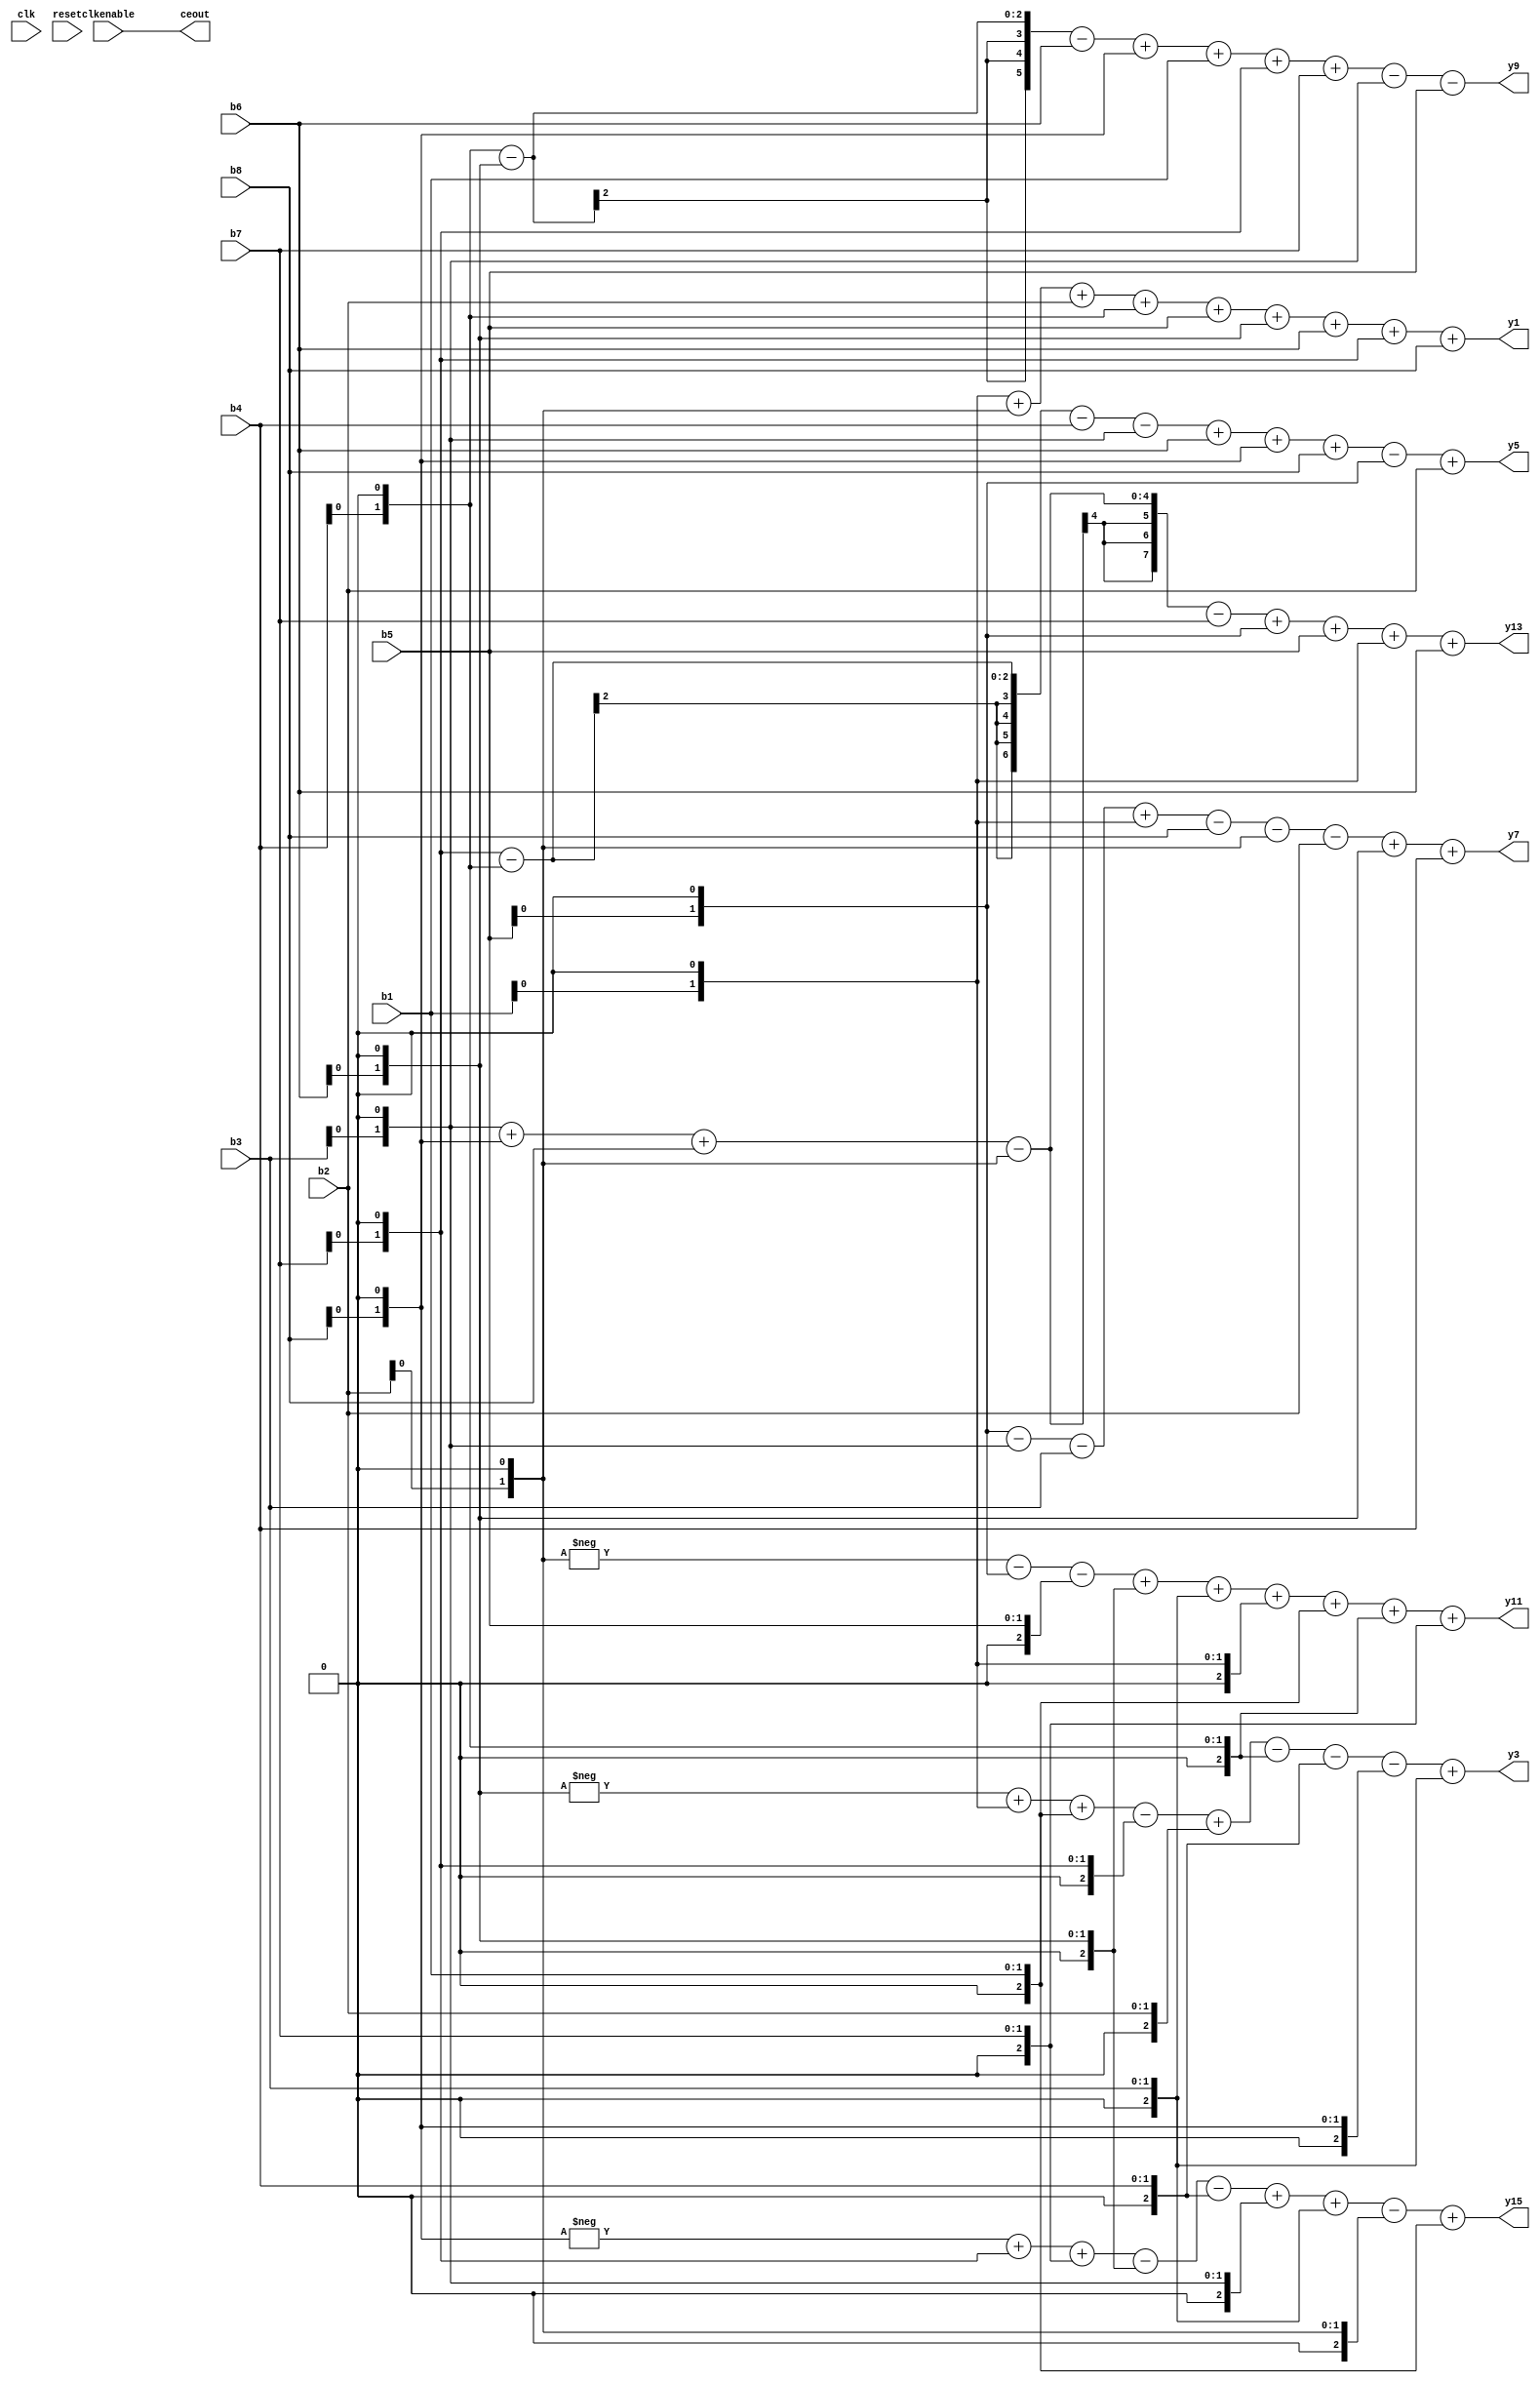
// -------------------------------------------------------------
// 
// 
// Generated by MATLAB 8.1, MATLAB Coder 2.4 and HDL Coder 3.2
// 
// 
// 
// -- -------------------------------------------------------------
// -- Rate and Clocking Details
// -- -------------------------------------------------------------
// Design base rate: 1
// 
// 
// Clock Enable  Sample Time
// -- -------------------------------------------------------------
// ceout         1
// -- -------------------------------------------------------------
// 
// 
// Output Signal                 Clock Enable  Sample Time
// -- -------------------------------------------------------------
// y1                            ceout         1
// y3                            ceout         1
// y5                            ceout         1
// y7                            ceout         1
// y9                            ceout         1
// y11                           ceout         1
// y13                           ceout         1
// y15                           ceout         1
// -- -------------------------------------------------------------
// 
// -------------------------------------------------------------


// -------------------------------------------------------------
// 
// Module: shiftmul16_FixPt
// Source Path: shiftmul16_FixPt
// Hierarchy Level: 0
// 
// -------------------------------------------------------------

`timescale 1 ns / 1 ns

module shiftmul16_FixPt
          (
           clk,
           reset,
           clkenable,
           b1,
           b2,
           b3,
           b4,
           b5,
           b6,
           b7,
           b8,
           ceout,
           y1,
           y3,
           y5,
           y7,
           y9,
           y11,
           y13,
           y15
          );


  input   clk;
  input   reset;
  input   clkenable;
  input   [1:0] b1;  // ufix2
  input   [1:0] b2;  // ufix2
  input   [1:0] b3;  // ufix2
  input   [1:0] b4;  // ufix2
  input   [1:0] b5;  // ufix2
  input   [1:0] b6;  // ufix2
  input   [1:0] b7;  // ufix2
  input   [1:0] b8;  // ufix2
  output  ceout;
  output  [7:0] y1;  // ufix8
  output  [3:0] y3;  // ufix4
  output  [6:0] y5;  // ufix7
  output  signed [2:0] y7;  // sfix3
  output  [5:0] y9;  // ufix6
  output  [7:0] y11;  // ufix8
  output  [7:0] y13;  // ufix8
  output  [5:0] y15;  // ufix6


  wire enb;
  wire [1:0] shiftmul16_FixPt_d1;  // ufix2
  wire [1:0] shiftmul16_FixPt_d2;  // ufix2
  wire [1:0] shiftmul16_FixPt_d3;  // ufix2
  wire [1:0] shiftmul16_FixPt_d4;  // ufix2
  wire [1:0] shiftmul16_FixPt_d5;  // ufix2
  wire [1:0] shiftmul16_FixPt_d6;  // ufix2
  wire [1:0] shiftmul16_FixPt_d7;  // ufix2
  wire [1:0] shiftmul16_FixPt_d8;  // ufix2
  wire [1:0] shiftmul16_FixPt_d1_1;  // ufix2
  wire [1:0] shiftmul16_FixPt_d2_1;  // ufix2
  wire [8:0] shiftmul16_FixPt_add_temp;  // ufix9
  wire [9:0] shiftmul16_FixPt_add_temp_1;  // ufix10
  wire [1:0] shiftmul16_FixPt_d4_1;  // ufix2
  wire [14:0] shiftmul16_FixPt_add_temp_2;  // ufix15
  wire [18:0] shiftmul16_FixPt_add_temp_3;  // ufix19
  wire [1:0] shiftmul16_FixPt_d6_1;  // ufix2
  wire [21:0] shiftmul16_FixPt_add_temp_4;  // ufix22
  wire [22:0] shiftmul16_FixPt_add_temp_5;  // ufix23
  wire [1:0] shiftmul16_FixPt_d7_1;  // ufix2
  wire [25:0] shiftmul16_FixPt_add_temp_6;  // ufix26
  wire [1:0] shiftmul16_FixPt_d6_2;  // ufix2
  wire [1:0] shiftmul16_FixPt_d1_2;  // ufix2
  wire signed [9:0] shiftmul16_FixPt_add_temp_7;  // sfix10
  wire signed [10:0] shiftmul16_FixPt_add_temp_8;  // sfix11
  wire [1:0] shiftmul16_FixPt_d7_2;  // ufix2
  wire signed [15:0] shiftmul16_FixPt_sub_temp;  // sfix16
  wire signed [19:0] shiftmul16_FixPt_add_temp_9;  // sfix20
  wire [1:0] shiftmul16_FixPt_d4_2;  // ufix2
  wire signed [22:0] shiftmul16_FixPt_sub_temp_1;  // sfix23
  wire signed [23:0] shiftmul16_FixPt_sub_temp_2;  // sfix24
  wire [1:0] shiftmul16_FixPt_d8_1;  // ufix2
  wire signed [26:0] shiftmul16_FixPt_sub_temp_3;  // sfix27
  wire signed [28:0] shiftmul16_FixPt_add_temp_10;  // sfix29
  wire [1:0] shiftmul16_FixPt_d7_3;  // ufix2
  wire [1:0] shiftmul16_FixPt_d4_3;  // ufix2
  wire [8:0] shiftmul16_FixPt_sub_temp_4;  // ufix9
  wire [9:0] shiftmul16_FixPt_sub_temp_5;  // ufix10
  wire [1:0] shiftmul16_FixPt_d3_1;  // ufix2
  wire [14:0] shiftmul16_FixPt_sub_temp_6;  // ufix15
  wire [18:0] shiftmul16_FixPt_add_temp_11;  // ufix19
  wire [1:0] shiftmul16_FixPt_d8_2;  // ufix2
  wire [21:0] shiftmul16_FixPt_add_temp_12;  // ufix22
  wire [22:0] shiftmul16_FixPt_add_temp_13;  // ufix23
  wire [1:0] shiftmul16_FixPt_d5_1;  // ufix2
  wire [25:0] shiftmul16_FixPt_sub_temp_7;  // ufix26
  wire [1:0] shiftmul16_FixPt_d5_2;  // ufix2
  wire [1:0] shiftmul16_FixPt_d3_2;  // ufix2
  wire [8:0] shiftmul16_FixPt_sub_temp_8;  // ufix9
  wire [9:0] shiftmul16_FixPt_sub_temp_9;  // ufix10
  wire [1:0] shiftmul16_FixPt_d1_3;  // ufix2
  wire [14:0] shiftmul16_FixPt_add_temp_14;  // ufix15
  wire [18:0] shiftmul16_FixPt_sub_temp_10;  // ufix19
  wire [1:0] shiftmul16_FixPt_d2_2;  // ufix2
  wire [21:0] shiftmul16_FixPt_sub_temp_11;  // ufix22
  wire [22:0] shiftmul16_FixPt_sub_temp_12;  // ufix23
  wire [1:0] shiftmul16_FixPt_d6_3;  // ufix2
  wire [25:0] shiftmul16_FixPt_add_temp_15;  // ufix26
  wire [27:0] shiftmul16_FixPt_add_temp_16;  // ufix28
  wire [1:0] shiftmul16_FixPt_d4_4;  // ufix2
  wire [1:0] shiftmul16_FixPt_d6_4;  // ufix2
  wire [8:0] shiftmul16_FixPt_sub_temp_13;  // ufix9
  wire [9:0] shiftmul16_FixPt_sub_temp_14;  // ufix10
  wire [1:0] shiftmul16_FixPt_d8_3;  // ufix2
  wire [14:0] shiftmul16_FixPt_add_temp_17;  // ufix15
  wire [18:0] shiftmul16_FixPt_add_temp_18;  // ufix19
  wire [1:0] shiftmul16_FixPt_d7_4;  // ufix2
  wire [21:0] shiftmul16_FixPt_add_temp_19;  // ufix22
  wire [22:0] shiftmul16_FixPt_add_temp_20;  // ufix23
  wire [1:0] shiftmul16_FixPt_d3_3;  // ufix2
  wire [25:0] shiftmul16_FixPt_sub_temp_15;  // ufix26
  wire [1:0] shiftmul16_FixPt_d2_3;  // ufix2
  wire [1:0] shiftmul16_FixPt_d5_3;  // ufix2
  wire signed [9:0] shiftmul16_FixPt_sub_temp_16;  // sfix10
  wire signed [10:0] shiftmul16_FixPt_sub_temp_17;  // sfix11
  wire [1:0] shiftmul16_FixPt_d6_5;  // ufix2
  wire signed [15:0] shiftmul16_FixPt_add_temp_21;  // sfix16
  wire signed [19:0] shiftmul16_FixPt_add_temp_22;  // sfix20
  wire [1:0] shiftmul16_FixPt_d1_4;  // ufix2
  wire signed [22:0] shiftmul16_FixPt_add_temp_23;  // sfix23
  wire signed [23:0] shiftmul16_FixPt_add_temp_24;  // sfix24
  wire [1:0] shiftmul16_FixPt_d4_5;  // ufix2
  wire signed [26:0] shiftmul16_FixPt_add_temp_25;  // sfix27
  wire signed [28:0] shiftmul16_FixPt_add_temp_26;  // sfix29
  wire [1:0] shiftmul16_FixPt_d3_4;  // ufix2
  wire [1:0] shiftmul16_FixPt_d8_4;  // ufix2
  wire [8:0] shiftmul16_FixPt_add_temp_27;  // ufix9
  wire [9:0] shiftmul16_FixPt_add_temp_28;  // ufix10
  wire [1:0] shiftmul16_FixPt_d2_4;  // ufix2
  wire [14:0] shiftmul16_FixPt_sub_temp_18;  // ufix15
  wire [18:0] shiftmul16_FixPt_sub_temp_19;  // ufix19
  wire [1:0] shiftmul16_FixPt_d5_4;  // ufix2
  wire [21:0] shiftmul16_FixPt_add_temp_29;  // ufix22
  wire [22:0] shiftmul16_FixPt_add_temp_30;  // ufix23
  wire [1:0] shiftmul16_FixPt_d1_5;  // ufix2
  wire [25:0] shiftmul16_FixPt_add_temp_31;  // ufix26
  wire [1:0] shiftmul16_FixPt_d8_5;  // ufix2
  wire [1:0] shiftmul16_FixPt_d7_5;  // ufix2
  wire signed [9:0] shiftmul16_FixPt_add_temp_32;  // sfix10
  wire signed [10:0] shiftmul16_FixPt_add_temp_33;  // sfix11
  wire [1:0] shiftmul16_FixPt_d6_6;  // ufix2
  wire signed [15:0] shiftmul16_FixPt_sub_temp_20;  // sfix16
  wire signed [19:0] shiftmul16_FixPt_sub_temp_21;  // sfix20
  wire [1:0] shiftmul16_FixPt_d3_5;  // ufix2
  wire signed [22:0] shiftmul16_FixPt_add_temp_34;  // sfix23
  wire signed [23:0] shiftmul16_FixPt_add_temp_35;  // sfix24
  wire [1:0] shiftmul16_FixPt_d2_5;  // ufix2
  wire signed [26:0] shiftmul16_FixPt_sub_temp_22;  // sfix27
  wire signed [28:0] shiftmul16_FixPt_add_temp_36;  // sfix29


  assign enb = clkenable;

  //spssa
  //%%%%%%%%%%%%%%%%%%%%%%%%%%%%%%%%%%%%%%%%%%%%%%%%%%%%%%%%%%%%%%%%%%%%%%%%%%%
  //                                                                          %
  //        Generated by MATLAB 8.1, MATLAB Coder 2.4 and HDL Coder 3.2      %
  //                                                                          %
  //%%%%%%%%%%%%%%%%%%%%%%%%%%%%%%%%%%%%%%%%%%%%%%%%%%%%%%%%%%%%%%%%%%%%%%%%%%%
  assign shiftmul16_FixPt_d1 = b1;
  assign shiftmul16_FixPt_d2 = b2;
  assign shiftmul16_FixPt_d3 = b3;
  assign shiftmul16_FixPt_d4 = b4;
  assign shiftmul16_FixPt_d5 = b5;
  assign shiftmul16_FixPt_d6 = b6;
  assign shiftmul16_FixPt_d7 = b7;
  assign shiftmul16_FixPt_d8 = b8;
  assign shiftmul16_FixPt_d1_1 = shiftmul16_FixPt_d1 <<< 1;
  assign shiftmul16_FixPt_d2_1 = shiftmul16_FixPt_d2 <<< 1;
  assign shiftmul16_FixPt_add_temp = shiftmul16_FixPt_d1_1 + shiftmul16_FixPt_d2_1;
  assign shiftmul16_FixPt_add_temp_1 = shiftmul16_FixPt_add_temp + b2;
  assign shiftmul16_FixPt_d4_1 = shiftmul16_FixPt_d4 <<< 1;
  assign shiftmul16_FixPt_add_temp_2 = shiftmul16_FixPt_add_temp_1 + shiftmul16_FixPt_d4_1;
  assign shiftmul16_FixPt_add_temp_3 = shiftmul16_FixPt_add_temp_2 + b5;
  assign shiftmul16_FixPt_d6_1 = shiftmul16_FixPt_d6 <<< 1;
  assign shiftmul16_FixPt_add_temp_4 = shiftmul16_FixPt_add_temp_3 + shiftmul16_FixPt_d6_1;
  assign shiftmul16_FixPt_add_temp_5 = shiftmul16_FixPt_add_temp_4 + b6;
  assign shiftmul16_FixPt_d7_1 = shiftmul16_FixPt_d7 <<< 1;
  assign shiftmul16_FixPt_add_temp_6 = shiftmul16_FixPt_add_temp_5 + shiftmul16_FixPt_d7_1;
  assign y1 = shiftmul16_FixPt_add_temp_6 + b8;
  assign shiftmul16_FixPt_d6_2 = shiftmul16_FixPt_d6 <<< 1;
  assign shiftmul16_FixPt_d1_2 = shiftmul16_FixPt_d1 <<< 1;
  assign shiftmul16_FixPt_add_temp_7 = ( - (shiftmul16_FixPt_d6_2)) + $signed({1'b0, shiftmul16_FixPt_d1_2});
  assign shiftmul16_FixPt_add_temp_8 = shiftmul16_FixPt_add_temp_7 + $signed({1'b0, b1});
  assign shiftmul16_FixPt_d7_2 = shiftmul16_FixPt_d7 <<< 1;
  assign shiftmul16_FixPt_sub_temp = shiftmul16_FixPt_add_temp_8 - $signed({1'b0, shiftmul16_FixPt_d7_2});
  assign shiftmul16_FixPt_add_temp_9 = shiftmul16_FixPt_sub_temp + $signed({1'b0, b2});
  assign shiftmul16_FixPt_d4_2 = shiftmul16_FixPt_d4 <<< 1;
  assign shiftmul16_FixPt_sub_temp_1 = shiftmul16_FixPt_add_temp_9 - $signed({1'b0, shiftmul16_FixPt_d4_2});
  assign shiftmul16_FixPt_sub_temp_2 = shiftmul16_FixPt_sub_temp_1 - $signed({1'b0, b4});
  assign shiftmul16_FixPt_d8_1 = shiftmul16_FixPt_d8 <<< 1;
  assign shiftmul16_FixPt_sub_temp_3 = shiftmul16_FixPt_sub_temp_2 - $signed({1'b0, shiftmul16_FixPt_d8_1});
  assign shiftmul16_FixPt_add_temp_10 = shiftmul16_FixPt_sub_temp_3 + $signed({1'b0, b3});
  assign y3 = shiftmul16_FixPt_add_temp_10[3:0];
  assign shiftmul16_FixPt_d7_3 = shiftmul16_FixPt_d7 <<< 1;
  assign shiftmul16_FixPt_d4_3 = shiftmul16_FixPt_d4 <<< 1;
  assign shiftmul16_FixPt_sub_temp_4 = shiftmul16_FixPt_d7_3 - shiftmul16_FixPt_d4_3;
  assign shiftmul16_FixPt_sub_temp_5 = shiftmul16_FixPt_sub_temp_4 - b4;
  assign shiftmul16_FixPt_d3_1 = shiftmul16_FixPt_d3 <<< 1;
  assign shiftmul16_FixPt_sub_temp_6 = shiftmul16_FixPt_sub_temp_5 - shiftmul16_FixPt_d3_1;
  assign shiftmul16_FixPt_add_temp_11 = shiftmul16_FixPt_sub_temp_6 + b6;
  assign shiftmul16_FixPt_d8_2 = shiftmul16_FixPt_d8 <<< 1;
  assign shiftmul16_FixPt_add_temp_12 = shiftmul16_FixPt_add_temp_11 + shiftmul16_FixPt_d8_2;
  assign shiftmul16_FixPt_add_temp_13 = shiftmul16_FixPt_add_temp_12 + b8;
  assign shiftmul16_FixPt_d5_1 = shiftmul16_FixPt_d5 <<< 1;
  assign shiftmul16_FixPt_sub_temp_7 = shiftmul16_FixPt_add_temp_13 - shiftmul16_FixPt_d5_1;
  assign y5 = shiftmul16_FixPt_sub_temp_7 + b2;
  assign shiftmul16_FixPt_d5_2 = shiftmul16_FixPt_d5 <<< 1;
  assign shiftmul16_FixPt_d3_2 = shiftmul16_FixPt_d3 <<< 1;
  assign shiftmul16_FixPt_sub_temp_8 = shiftmul16_FixPt_d5_2 - shiftmul16_FixPt_d3_2;
  assign shiftmul16_FixPt_sub_temp_9 = shiftmul16_FixPt_sub_temp_8 - b3;
  assign shiftmul16_FixPt_d1_3 = shiftmul16_FixPt_d1 <<< 1;
  assign shiftmul16_FixPt_add_temp_14 = shiftmul16_FixPt_sub_temp_9 + shiftmul16_FixPt_d1_3;
  assign shiftmul16_FixPt_sub_temp_10 = shiftmul16_FixPt_add_temp_14 - b8;
  assign shiftmul16_FixPt_d2_2 = shiftmul16_FixPt_d2 <<< 1;
  assign shiftmul16_FixPt_sub_temp_11 = shiftmul16_FixPt_sub_temp_10 - shiftmul16_FixPt_d2_2;
  assign shiftmul16_FixPt_sub_temp_12 = shiftmul16_FixPt_sub_temp_11 - b2;
  assign shiftmul16_FixPt_d6_3 = shiftmul16_FixPt_d6 <<< 1;
  assign shiftmul16_FixPt_add_temp_15 = shiftmul16_FixPt_sub_temp_12 + shiftmul16_FixPt_d6_3;
  assign shiftmul16_FixPt_add_temp_16 = shiftmul16_FixPt_add_temp_15 + b4;
  assign y7 = $signed(shiftmul16_FixPt_add_temp_16[2:0]);
  assign shiftmul16_FixPt_d4_4 = shiftmul16_FixPt_d4 <<< 1;
  assign shiftmul16_FixPt_d6_4 = shiftmul16_FixPt_d6 <<< 1;
  assign shiftmul16_FixPt_sub_temp_13 = shiftmul16_FixPt_d4_4 - shiftmul16_FixPt_d6_4;
  assign shiftmul16_FixPt_sub_temp_14 = shiftmul16_FixPt_sub_temp_13 - b6;
  assign shiftmul16_FixPt_d8_3 = shiftmul16_FixPt_d8 <<< 1;
  assign shiftmul16_FixPt_add_temp_17 = shiftmul16_FixPt_sub_temp_14 + shiftmul16_FixPt_d8_3;
  assign shiftmul16_FixPt_add_temp_18 = shiftmul16_FixPt_add_temp_17 + b1;
  assign shiftmul16_FixPt_d7_4 = shiftmul16_FixPt_d7 <<< 1;
  assign shiftmul16_FixPt_add_temp_19 = shiftmul16_FixPt_add_temp_18 + shiftmul16_FixPt_d7_4;
  assign shiftmul16_FixPt_add_temp_20 = shiftmul16_FixPt_add_temp_19 + b7;
  assign shiftmul16_FixPt_d3_3 = shiftmul16_FixPt_d3 <<< 1;
  assign shiftmul16_FixPt_sub_temp_15 = shiftmul16_FixPt_add_temp_20 - shiftmul16_FixPt_d3_3;
  assign y9 = shiftmul16_FixPt_sub_temp_15 - b5;
  assign shiftmul16_FixPt_d2_3 = shiftmul16_FixPt_d2 <<< 1;
  assign shiftmul16_FixPt_d5_3 = shiftmul16_FixPt_d5 <<< 1;
  assign shiftmul16_FixPt_sub_temp_16 = ( - (shiftmul16_FixPt_d2_3)) - $signed({1'b0, shiftmul16_FixPt_d5_3});
  assign shiftmul16_FixPt_sub_temp_17 = shiftmul16_FixPt_sub_temp_16 - $signed({1'b0, b5});
  assign shiftmul16_FixPt_d6_5 = shiftmul16_FixPt_d6 <<< 1;
  assign shiftmul16_FixPt_add_temp_21 = shiftmul16_FixPt_sub_temp_17 + $signed({1'b0, shiftmul16_FixPt_d6_5});
  assign shiftmul16_FixPt_add_temp_22 = shiftmul16_FixPt_add_temp_21 + $signed({1'b0, b3});
  assign shiftmul16_FixPt_d1_4 = shiftmul16_FixPt_d1 <<< 1;
  assign shiftmul16_FixPt_add_temp_23 = shiftmul16_FixPt_add_temp_22 + $signed({1'b0, shiftmul16_FixPt_d1_4});
  assign shiftmul16_FixPt_add_temp_24 = shiftmul16_FixPt_add_temp_23 + $signed({1'b0, b1});
  assign shiftmul16_FixPt_d4_5 = shiftmul16_FixPt_d4 <<< 1;
  assign shiftmul16_FixPt_add_temp_25 = shiftmul16_FixPt_add_temp_24 + $signed({1'b0, shiftmul16_FixPt_d4_5});
  assign shiftmul16_FixPt_add_temp_26 = shiftmul16_FixPt_add_temp_25 + $signed({1'b0, b7});
  assign y11 = shiftmul16_FixPt_add_temp_26[7:0];
  assign shiftmul16_FixPt_d3_4 = shiftmul16_FixPt_d3 <<< 1;
  assign shiftmul16_FixPt_d8_4 = shiftmul16_FixPt_d8 <<< 1;
  assign shiftmul16_FixPt_add_temp_27 = shiftmul16_FixPt_d3_4 + shiftmul16_FixPt_d8_4;
  assign shiftmul16_FixPt_add_temp_28 = shiftmul16_FixPt_add_temp_27 + b8;
  assign shiftmul16_FixPt_d2_4 = shiftmul16_FixPt_d2 <<< 1;
  assign shiftmul16_FixPt_sub_temp_18 = shiftmul16_FixPt_add_temp_28 - shiftmul16_FixPt_d2_4;
  assign shiftmul16_FixPt_sub_temp_19 = shiftmul16_FixPt_sub_temp_18 - b7;
  assign shiftmul16_FixPt_d5_4 = shiftmul16_FixPt_d5 <<< 1;
  assign shiftmul16_FixPt_add_temp_29 = shiftmul16_FixPt_sub_temp_19 + shiftmul16_FixPt_d5_4;
  assign shiftmul16_FixPt_add_temp_30 = shiftmul16_FixPt_add_temp_29 + b5;
  assign shiftmul16_FixPt_d1_5 = shiftmul16_FixPt_d1 <<< 1;
  assign shiftmul16_FixPt_add_temp_31 = shiftmul16_FixPt_add_temp_30 + shiftmul16_FixPt_d1_5;
  assign y13 = shiftmul16_FixPt_add_temp_31 + b6;
  assign shiftmul16_FixPt_d8_5 = shiftmul16_FixPt_d8 <<< 1;
  assign shiftmul16_FixPt_d7_5 = shiftmul16_FixPt_d7 <<< 1;
  assign shiftmul16_FixPt_add_temp_32 = ( - (shiftmul16_FixPt_d8_5)) + $signed({1'b0, shiftmul16_FixPt_d7_5});
  assign shiftmul16_FixPt_add_temp_33 = shiftmul16_FixPt_add_temp_32 + $signed({1'b0, b7});
  assign shiftmul16_FixPt_d6_6 = shiftmul16_FixPt_d6 <<< 1;
  assign shiftmul16_FixPt_sub_temp_20 = shiftmul16_FixPt_add_temp_33 - $signed({1'b0, shiftmul16_FixPt_d6_6});
  assign shiftmul16_FixPt_sub_temp_21 = shiftmul16_FixPt_sub_temp_20 - $signed({1'b0, b4});
  assign shiftmul16_FixPt_d3_5 = shiftmul16_FixPt_d3 <<< 1;
  assign shiftmul16_FixPt_add_temp_34 = shiftmul16_FixPt_sub_temp_21 + $signed({1'b0, shiftmul16_FixPt_d3_5});
  assign shiftmul16_FixPt_add_temp_35 = shiftmul16_FixPt_add_temp_34 + $signed({1'b0, b3});
  assign shiftmul16_FixPt_d2_5 = shiftmul16_FixPt_d2 <<< 1;
  assign shiftmul16_FixPt_sub_temp_22 = shiftmul16_FixPt_add_temp_35 - $signed({1'b0, shiftmul16_FixPt_d2_5});
  assign shiftmul16_FixPt_add_temp_36 = shiftmul16_FixPt_sub_temp_22 + $signed({1'b0, b1});
  assign y15 = shiftmul16_FixPt_add_temp_36[5:0];



  assign ceout = clkenable;

endmodule  // shiftmul16_FixPt